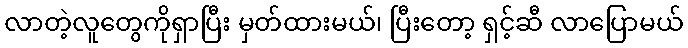
လာတဲ့လူတွေကိုရှာပြီး မှတ်ထားမယ်၊ ပြီးတော့ ရှင့်ဆီ လာပြောမယ်